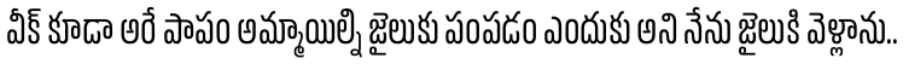
వీక్ కూడా అరే పాపం అమ్మాయిల్ని జైలుకు పంపడం ఎందుకు అని నేను జైలుకి వెళ్లాను..